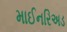
માઈનરિઅડ